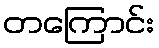
တကြောင်း